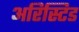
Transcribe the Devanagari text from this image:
अरिस्टिड